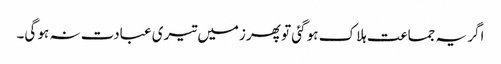
اگر یہ جماعت ہلاک ہو گئی تو پھر زمیں تیری عبادت نہ ہو گی۔